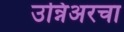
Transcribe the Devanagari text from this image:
उन्निअरचा